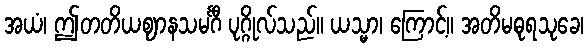
အယံ၊ ဤတတိယဈာနသမင်္ဂီ ပုဂ္ဂိုလ်သည်။ ယသ္မာ၊ ကြောင့်။ အတိမဓုရသုခေ၊